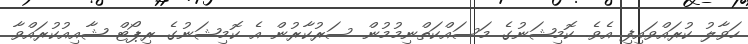
ހަވާލު ކުރައްވައިފި އެވެ. ކޮމިޝަނުގެ މަސައްކަތްނިމުމުން ސަރުކާރުން އެ ކޮމިޝަނުގެ ރިޕޯޓް ޝާއިއުކުރައްވާ